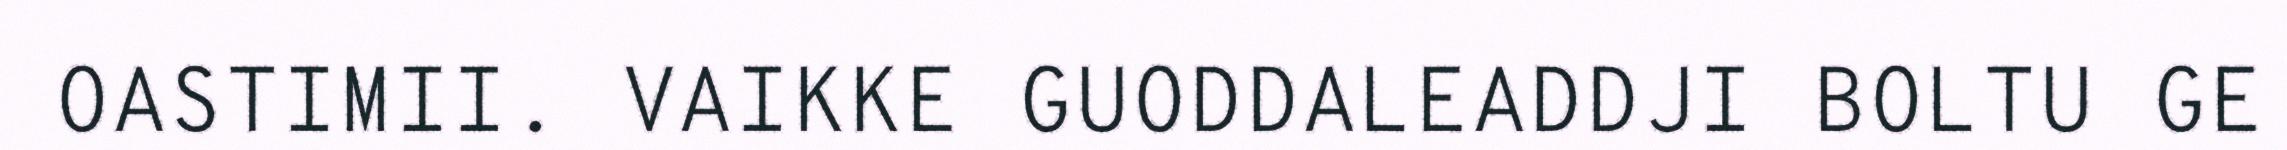
OASTIMII. VAIKKE GUODDALEADDJI BOLTU GE